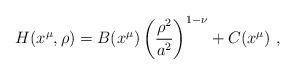
LaTeX: \begin{align*}H(x^\mu,\rho)=B(x^\mu)\left({\rho^2\over a^2}\right)^{1-\nu}+C(x^\mu)~,\end{align*}